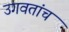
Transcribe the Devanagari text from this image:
उगवतांच